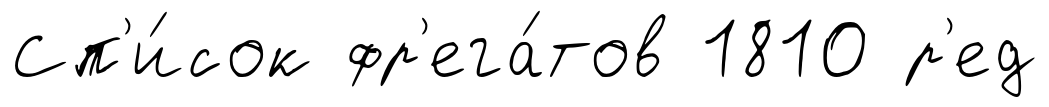
Сп'и́сок фр'ега́тов 1810 р'ед